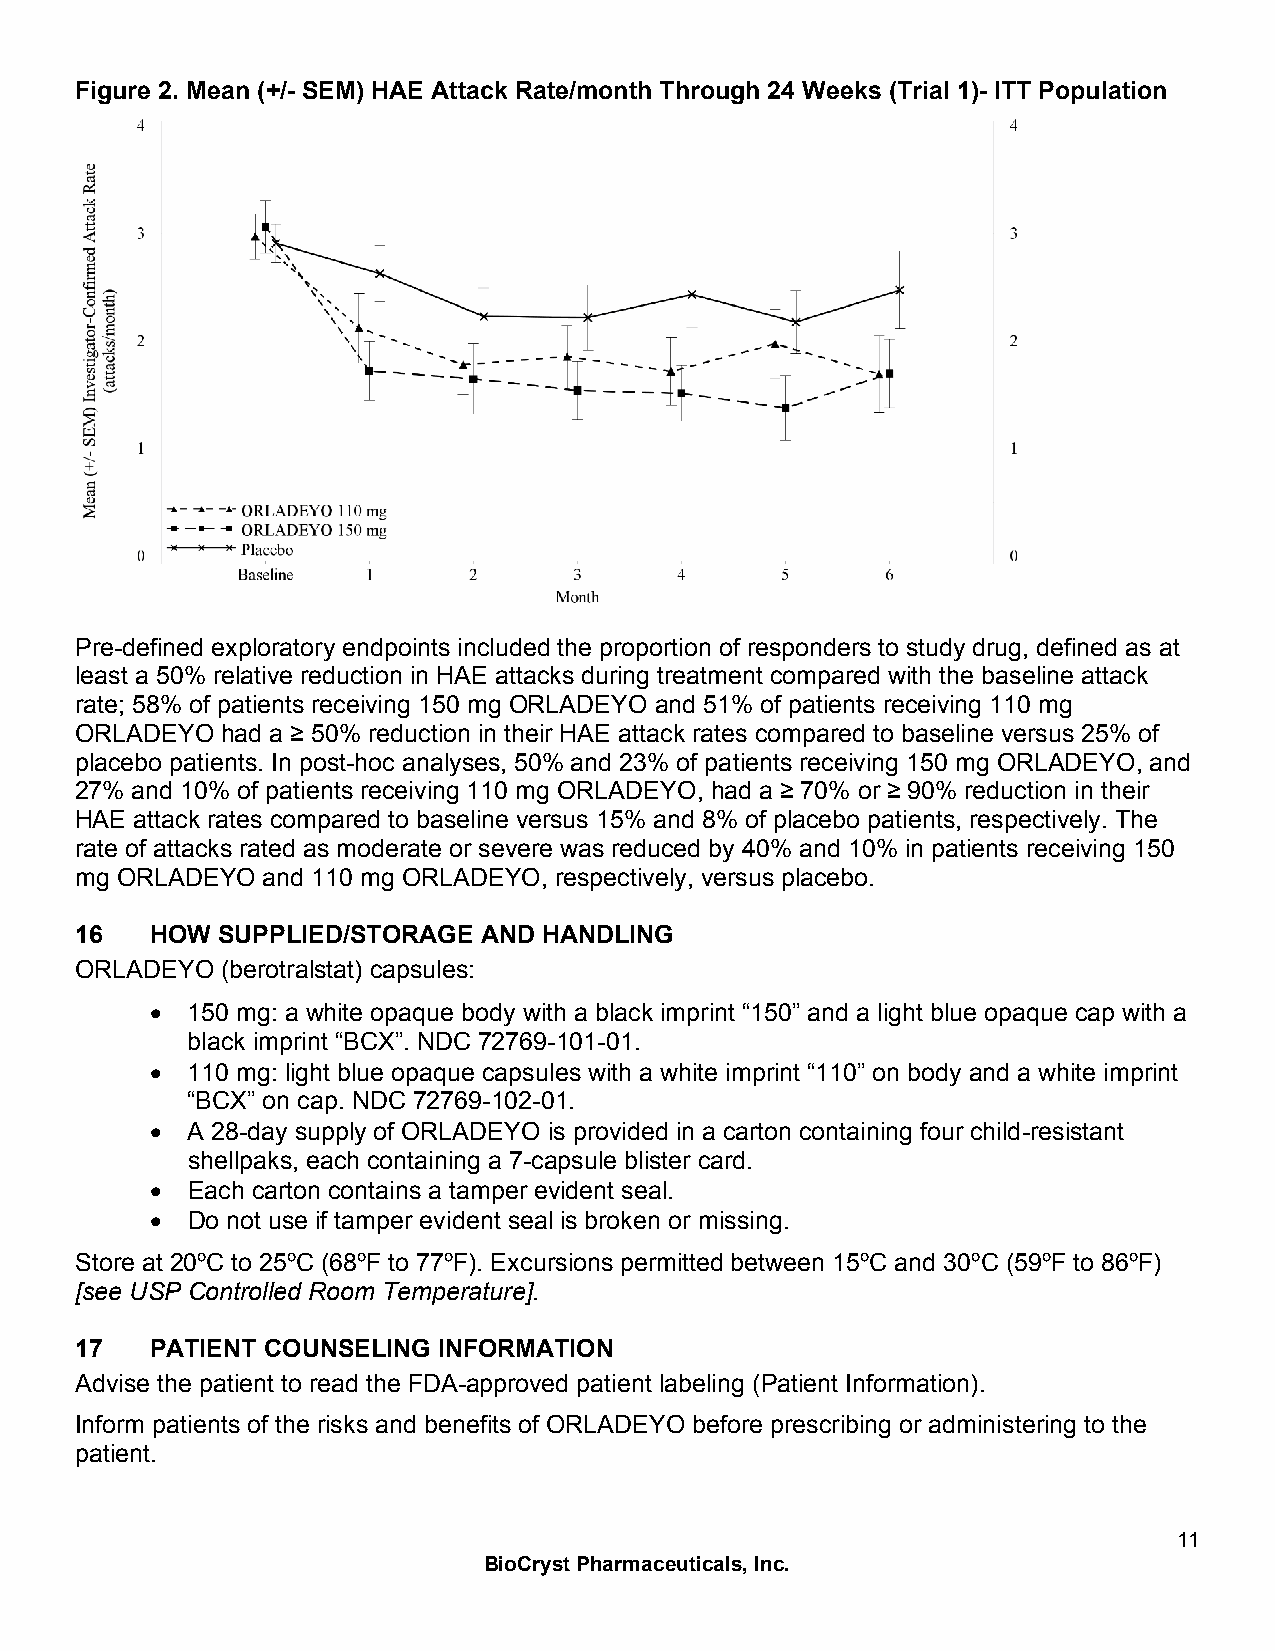
Figure 2. Mean (+/- SEM) HAE Attack Rate/month Through 24 Weeks (Trial 1)- ITT Population
 Pre-defined exploratory endpoints included the proportion of responders to study drug, defined as at
 least a 50% relative reduction in HAE attacks during treatment compared with the baseline attack
 rate; 58% of patients receiving 150 mg ORLADEYO and 51% of patients receiving 110 mg
 ORLADEYO  had a ≥ 50% reduction in their HAE attack rates compared to baseline versus 25% of
 placebo patients. In post-hoc analyses, 50% and 23% of patients receiving 150 mg ORLADEYO, and
 27% and 10% of patients receiving 110 mg ORLADEYO, had a ≥ 70% or ≥ 90% reduction in their
 HAE attack rates compared to baseline versus 15% and 8% of placebo patients, respectively. The
 rate of attacks rated as moderate or severe was reduced by 40% and 10% in patients receiving 150
 mg ORLADEYO and 110 mg ORLADEYO, respectively, versus placebo.
 16   HOW SUPPLIED/STORAGE  AND HANDLING
 ORLADEYO  (berotralstat) capsules:
 • 150 mg: a white opaque body with a black imprint “150” and a light blue opaque cap with a
 black imprint “BCX”. NDC 72769-101-01.
 • 110 mg: light blue opaque capsules with a white imprint “110” on body and a white imprint
 “BCX” on cap. NDC 72769-102-01.
 • A 28-day supply of ORLADEYO is provided in a carton containing four child-resistant
 shellpaks, each containing a 7-capsule blister card.
 • Each carton contains a tamper evident seal.
 • Do not use if tamper evident seal is broken or missing.
 Store at 20ºC to 25ºC (68ºF to 77ºF). Excursions permitted between 15ºC and 30ºC (59ºF to 86ºF)
 [see USP Controlled Room Temperature].
 17   PATIENT COUNSELING INFORMATION
 Advise the patient to read the FDA-approved patient labeling (Patient Information).
 Inform patients of the risks and benefits of ORLADEYO before prescribing or administering to the
 patient.
 11
 BioCryst Pharmaceuticals, Inc.